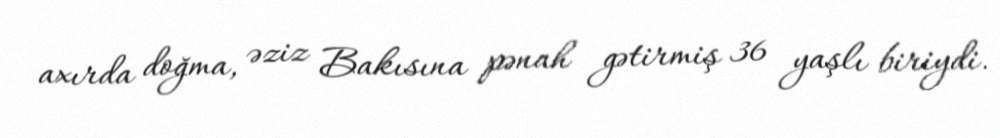
axırda doğma, əziz Bakısına pənah gətirmiş 36 yaşlı biriydi.